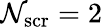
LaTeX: \mathcal{N}_{\mathrm{{scr}}}=2